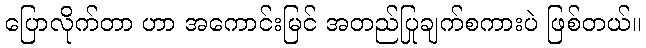
ပြောလိုက်တာ ဟာ အကောင်းမြင် အတည်ပြုချက်စကားပဲ ဖြစ်တယ်။